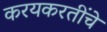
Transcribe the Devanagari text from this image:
करयकरतींचे